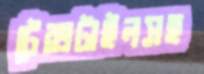
টেক্সটাইলসহ